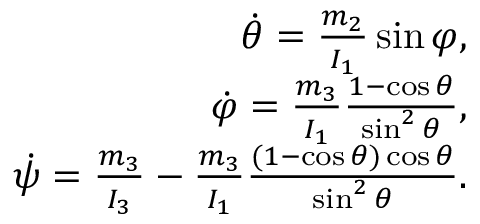
\begin{array} { r } { \dot { \theta } = \frac { m _ { 2 } } { I _ { 1 } } \sin \varphi , } \\ { \dot { \varphi } = \frac { m _ { 3 } } { I _ { 1 } } \frac { 1 - \cos \theta } { \sin ^ { 2 } \theta } , } \\ { \dot { \psi } = \frac { m _ { 3 } } { I _ { 3 } } - \frac { m _ { 3 } } { I _ { 1 } } \frac { ( 1 - \cos \theta ) \cos \theta } { \sin ^ { 2 } \theta } . } \end{array}